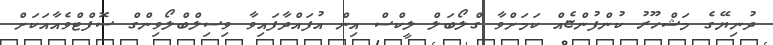
ދުނިޔޭގެ މަޝްހޫރު ކުންފުންޏެއް ކަމަށްވާ ގްލޯބަލް ލީކްސް އިން އުފައްދާފައިވާ ވިސިލްބްލޯވިންގް ސޮފްޓްވެއާއަކަށް